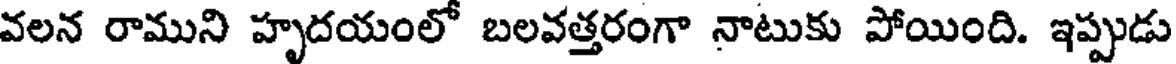
వలన రాముని హృదయంలో బలవత్తరంగా నాటుకు పోయింది. ఇప్పుడు